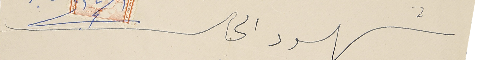
شهود الحال